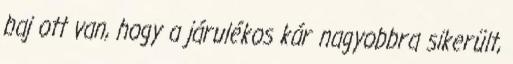
baj ott van, hogy a járulékos kár nagyobbra sikerült,